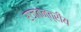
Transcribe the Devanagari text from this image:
राजतन्त्रीय